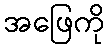
အဖြေကို